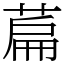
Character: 萹